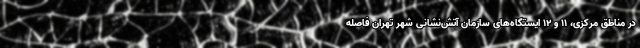
در مناطق مرکزی، 11 و 12 ایستگاه‌های سازمان آتش‌نشانی شهر تهران فاصله